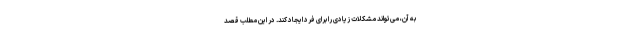
به آن، می‌تواند مشکلات زیادی را برای فرد ایجاد کند. در این مطلب قصد